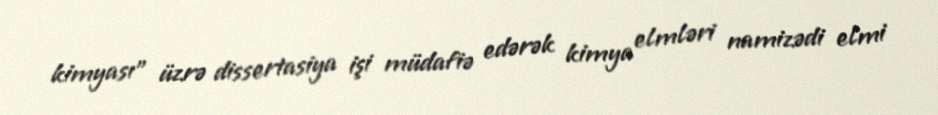
kimyası" üzrə dissertasiya işi müdafiə edərək kimya elmləri namizədi elmi